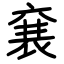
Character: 㐮